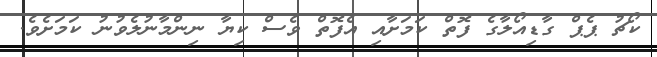
ކޯޗު ޕެޕް ގާޑިއޯލާގެ ފޮތް ކަމަށާއި އެފޮތް ވެސް ކިޔާ ނިންމާނުލެވުނު ކަމަށެވެ.